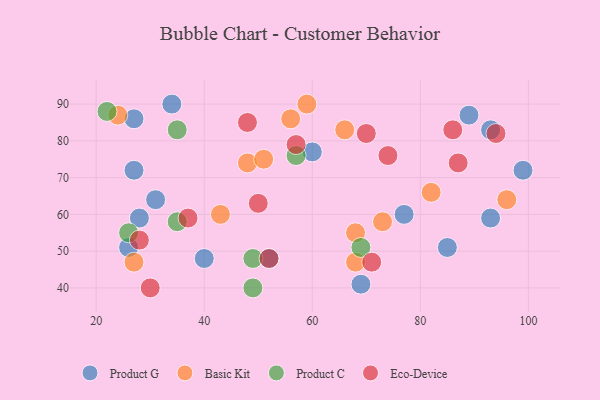
{"axis": {"x": "GDP", "y": "Life Expectancy"}, "legend": ["Basic Kit", "Eco-Device", "Product C", "Product G"], "data": [{"x": "85", "y": 51, "type": "Product G"}, {"x": "69", "y": 41, "type": "Product G"}, {"x": "99", "y": 72, "type": "Product G"}, {"x": "89", "y": 87, "type": "Product G"}, {"x": "31", "y": 64, "type": "Product G"}, {"x": "27", "y": 86, "type": "Product G"}, {"x": "27", "y": 72, "type": "Product G"}, {"x": "60", "y": 77, "type": "Product G"}, {"x": "34", "y": 90, "type": "Product G"}, {"x": "40", "y": 48, "type": "Product G"}, {"x": "26", "y": 51, "type": "Product G"}, {"x": "52", "y": 48, "type": "Product G"}, {"x": "28", "y": 59, "type": "Product G"}, {"x": "93", "y": 59, "type": "Product G"}, {"x": "93", "y": 83, "type": "Product G"}, {"x": "77", "y": 60, "type": "Product G"}, {"x": "48", "y": 74, "type": "Basic Kit"}, {"x": "66", "y": 83, "type": "Basic Kit"}, {"x": "73", "y": 58, "type": "Basic Kit"}, {"x": "56", "y": 86, "type": "Basic Kit"}, {"x": "27", "y": 47, "type": "Basic Kit"}, {"x": "51", "y": 75, "type": "Basic Kit"}, {"x": "59", "y": 90, "type": "Basic Kit"}, {"x": "68", "y": 55, "type": "Basic Kit"}, {"x": "24", "y": 87, "type": "Basic Kit"}, {"x": "68", "y": 47, "type": "Basic Kit"}, {"x": "82", "y": 66, "type": "Basic Kit"}, {"x": "43", "y": 60, "type": "Basic Kit"}, {"x": "96", "y": 64, "type": "Basic Kit"}, {"x": "22", "y": 88, "type": "Product C"}, {"x": "57", "y": 76, "type": "Product C"}, {"x": "69", "y": 51, "type": "Product C"}, {"x": "35", "y": 83, "type": "Product C"}, {"x": "35", "y": 58, "type": "Product C"}, {"x": "26", "y": 55, "type": "Product C"}, {"x": "49", "y": 40, "type": "Product C"}, {"x": "49", "y": 48, "type": "Product C"}, {"x": "37", "y": 59, "type": "Eco-Device"}, {"x": "30", "y": 40, "type": "Eco-Device"}, {"x": "70", "y": 82, "type": "Eco-Device"}, {"x": "86", "y": 83, "type": "Eco-Device"}, {"x": "87", "y": 74, "type": "Eco-Device"}, {"x": "74", "y": 76, "type": "Eco-Device"}, {"x": "71", "y": 47, "type": "Eco-Device"}, {"x": "57", "y": 79, "type": "Eco-Device"}, {"x": "94", "y": 82, "type": "Eco-Device"}, {"x": "28", "y": 53, "type": "Eco-Device"}, {"x": "50", "y": 63, "type": "Eco-Device"}, {"x": "52", "y": 48, "type": "Eco-Device"}, {"x": "48", "y": 85, "type": "Eco-Device"}]}